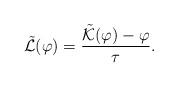
LaTeX: \begin{align*} \tilde{\mathcal{L}}(\varphi) = \frac{\tilde{\mathcal{K}}(\varphi) - \varphi}{\tau}.\end{align*}